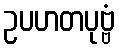
ဥပဟတပုဗ္ဗံ